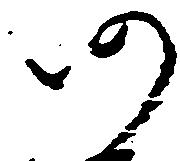
仍